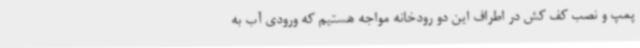
پمپ و نصب کف کش در اطراف این دو رودخانه مواجه هستیم که ورودی آب به